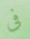
فى